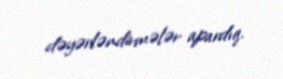
dəyərləndirmələr apardıq.